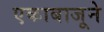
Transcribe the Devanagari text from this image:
एकाबाजूने